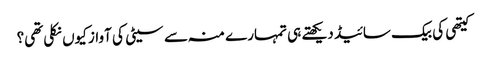
کیتھی کی بیک سائیڈ دیکھتے ہی تمہارے منہ سے سیٹی کی آواز کیوں نکلی تھی؟